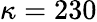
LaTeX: \kappa=230